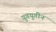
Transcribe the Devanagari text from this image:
युगयुगीन